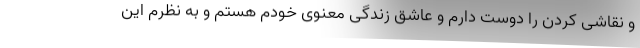
و نقاشی کردن را دوست دارم و عاشق زندگی معنوی خودم هستم و به نظرم این